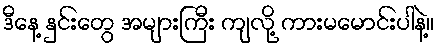
ဒီနေ့ နှင်းတွေ အများကြီး ကျလို့ ကားမမောင်းပါနဲ့။